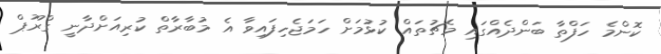
ކޮންމެ ހަފްތާ ބަންދެއްގައި މެޗުތައް ކުޅުމަށް ހަމަޖެހިފައިވާ އެ މުބާރާތް ކުރިއަށްދާނީ ގްރޫޕް